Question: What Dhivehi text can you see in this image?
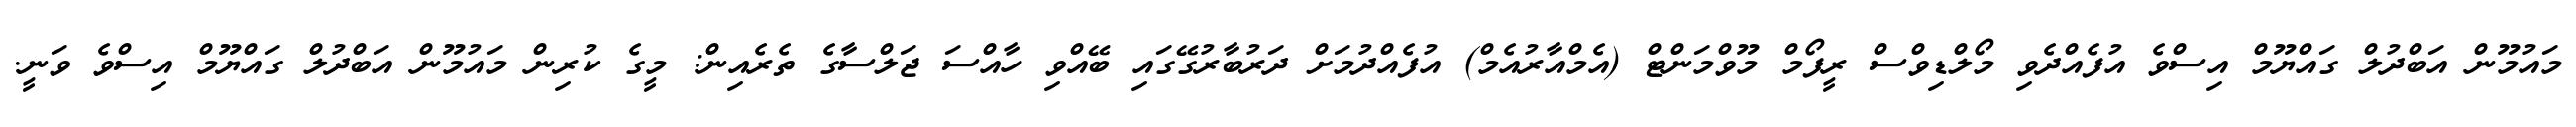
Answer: މައުމޫން އަބްދުލް ގައްޔޫމް އިސްވެ އުފެއްދެވި މޯލްޑިވްސް ރީފޯމް މޫވްމަންޓް (އެމްއާރުއެމް) އުފެއްދުމަށް ދަރުބާރުގޭގައި ބޭއްވި ހާއްސަ ޖަލްސާގެ ތެރެއިން: މީގެ ކުރިން މައުމޫން އަބްދުލް ގައްޔޫމް އިސްވެ ވަނީ.